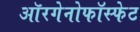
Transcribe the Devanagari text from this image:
ऑरगेनोफॉस्फेट